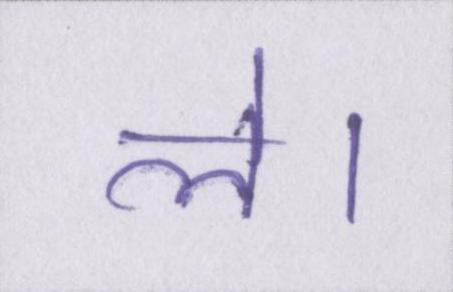
ले।